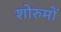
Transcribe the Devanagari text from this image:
शोरुमों